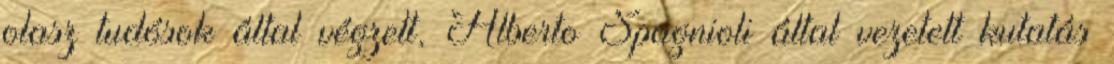
olasz tudósok által végzett, Alberto Spagnioli által vezetett kutatás